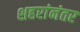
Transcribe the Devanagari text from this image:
शहरांनंतर